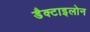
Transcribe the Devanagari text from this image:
डैक्टाइलोन